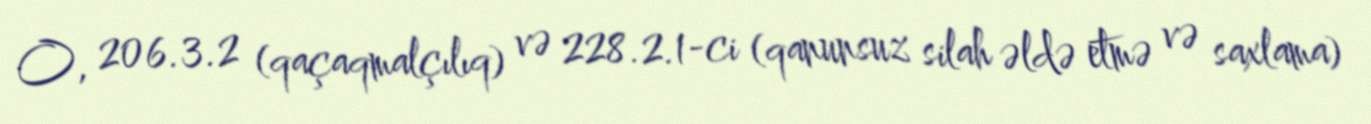
O, 206.3.2 (qaçaqmalçılıq) və 228.2.1-ci (qanunsuz silah əldə etmə və saxlama)